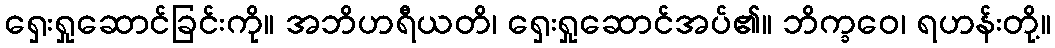
ရှေးရှုဆောင်ခြင်းကို။ အဘိဟရီယတိ၊ ရှေးရှုဆောင်အပ်၏။ ဘိက္ခဝေ၊ ရဟန်းတို့။